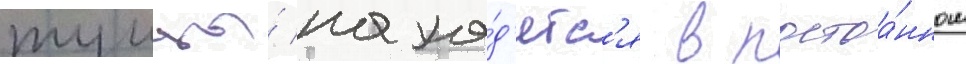
тунцы́ нахо́д'ятс'я в постоа́нном